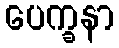
ပေက္ခနာ